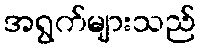
အရွက်များသည်